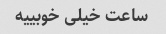
ساعت خیلی خوبییه